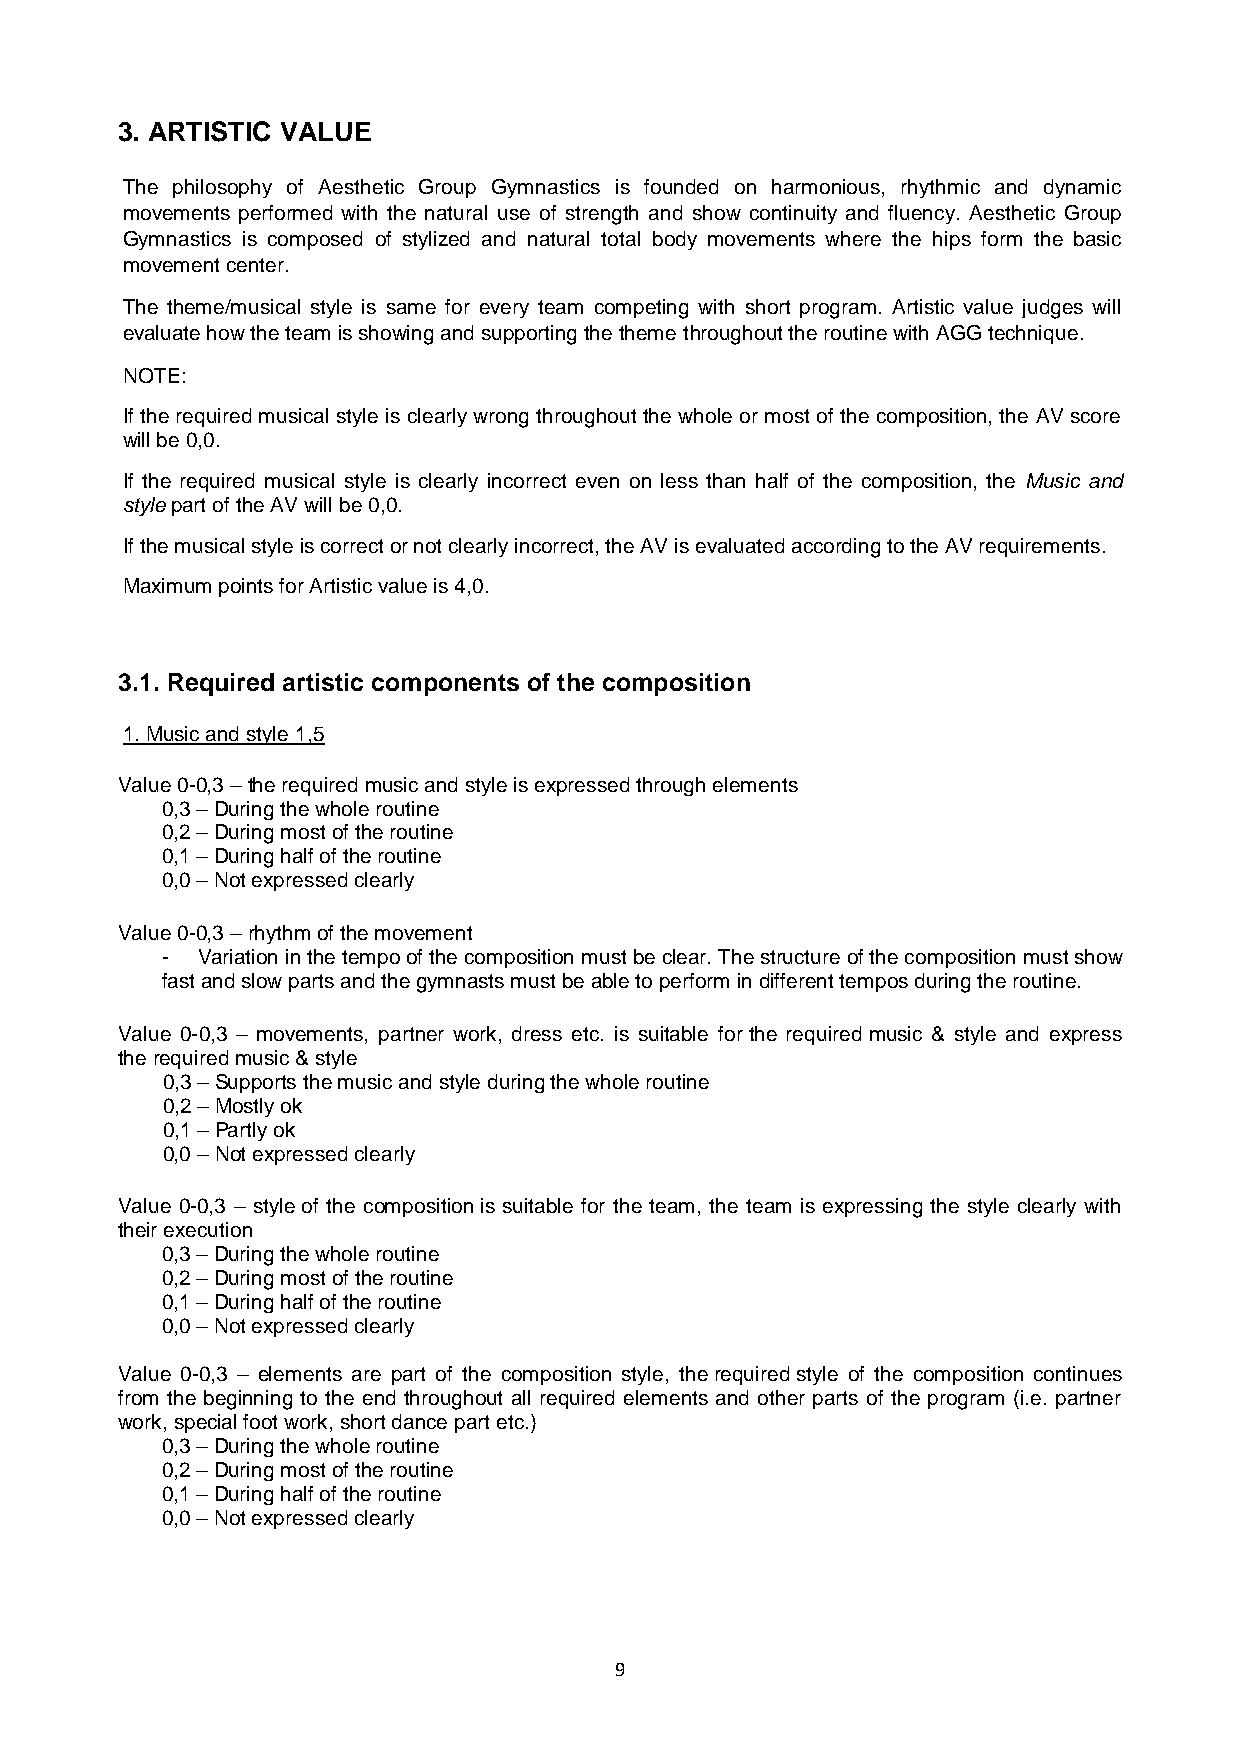
3. ARTISTIC VALUE
 The philosophy of Aesthetic Group Gymnastics is founded on harmonious, rhythmic and dynamic
 movements performed with the natural use of strength and show continuity and fluency. Aesthetic Group
 Gymnastics is composed of stylized and natural total body movements where the hips form the basic
 movement center.
 The theme/musical style is same for every team competing with short program. Artistic value judges will
 evaluate how the team is showing and supporting the theme throughout the routine with AGG technique.
 NOTE:
 If the required musical style is clearly wrong throughout the whole or most of the composition, the AV score
 will be 0,0.
 If the required musical style is clearly incorrect even on less than half of the composition, the Music and
 style part of the AV will be 0,0.
 If the musical style is correct or not clearly incorrect, the AV is evaluated according to the AV requirements.
 Maximum points for Artistic value is 4,0.
 3.1. Required artistic components of the composition
 1. Music and style 1,5
 Value 0-0,3 – the required music and style is expressed through elements
 0,3 – During the whole routine
 0,2 – During most of the routine
 0,1 – During half of the routine
 0,0 – Not expressed clearly
 Value 0-0,3 – rhythm of the movement
 - Variation in the tempo of the composition must be clear. The structure of the composition must show
 fast and slow parts and the gymnasts must be able to perform in different tempos during the routine.
 Value 0-0,3 – movements, partner work, dress etc. is suitable for the required music & style and express
 the required music & style
 0,3 – Supports the music and style during the whole routine
 0,2 – Mostly ok
 0,1 – Partly ok
 0,0 – Not expressed clearly
 Value 0-0,3 – style of the composition is suitable for the team, the team is expressing the style clearly with
 their execution
 0,3 – During the whole routine
 0,2 – During most of the routine
 0,1 – During half of the routine
 0,0 – Not expressed clearly
 Value 0-0,3 – elements are part of the composition style, the required style of the composition continues
 from the beginning to the end throughout all required elements and other parts of the program (i.e. partner
 work, special foot work, short dance part etc.)
 0,3 – During the whole routine
 0,2 – During most of the routine
 0,1 – During half of the routine
 0,0 – Not expressed clearly
 9